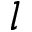
l